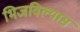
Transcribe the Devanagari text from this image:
भिजविल्यास